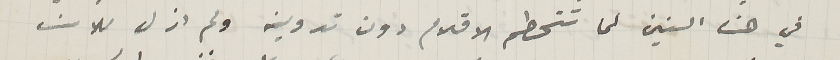
في هذه السنين لما تتحطم الاقلام دون تدوينه ولم ازل للان